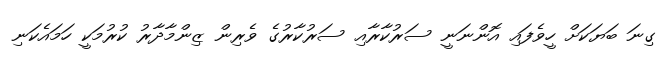
ގިނަ ބަޔަކަށް ހީވެފައި އޮންނަނީ ސަރުކާރާއި ސަރުކާރުގެ ވެރިން ޒިންމާދާރު ކުރުމަކީ ހަމައެކަނި